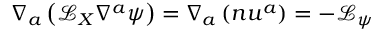
\nabla _ { a } \left( \mathcal { L } _ { X } \nabla ^ { a } \psi \right) = \nabla _ { a } \left( n u ^ { a } \right) = - \mathcal { L } _ { \psi }